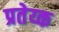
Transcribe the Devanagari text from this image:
प्रतेय्क